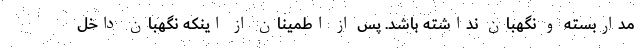
مداربسته و نگهبان نداشته باشد. پس از اطمینان از اینکه نگهبان داخل